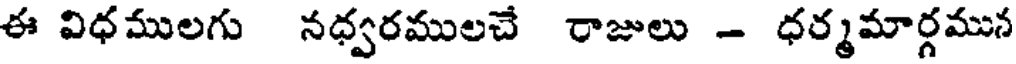
ఈ విధములగు నధ్వరములచే రాజులు - ధర్మమార్గమున